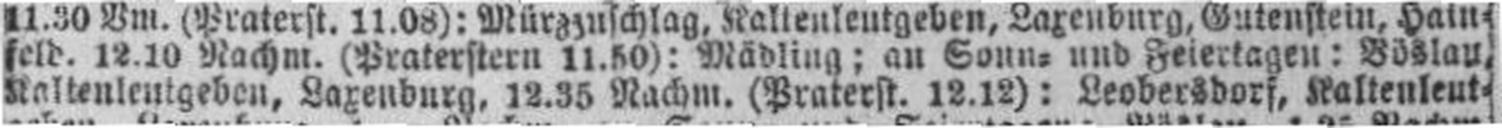
Kaltenleutgeben, Laxenburg, 12.35 Nachm. (Praterst. 12.12): Leobersdorf, Kaltenleut¬